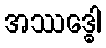
အဿဒ္ဓေါ